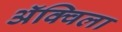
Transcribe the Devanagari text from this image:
ॲक्विला